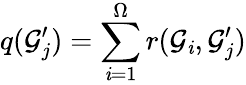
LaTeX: q(\mathcal{G}_{j}^{\prime})=\sum_{\mathit{i}=1}^{\Omega}r(\mathcal{G}_{\mathit{i}},\mathcal{G}_{j}^{\prime})